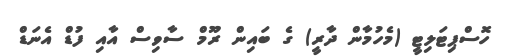
ހޮސްޕިޓަލިޓީ (މެހުމާން ދާރީ) ގެ ބައިން ރޫމް ސާވިސް އާއި ފުޑް އެނަޑް